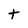
Character: t